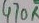
Text: 470R